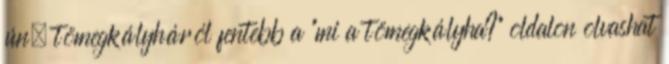
ún. tömegkályháról fentebb a "mi a tömegkályha?" oldalon olvashat